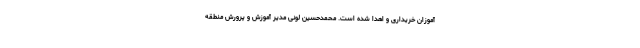
‌آموزان خریداری و اهدا شده است. محمدحسین لونی مدیر آموزش و پرورش منطقه